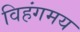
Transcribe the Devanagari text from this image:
विहंगमय